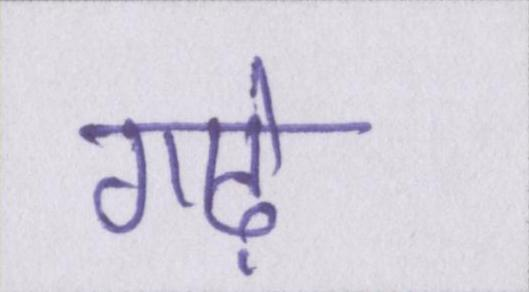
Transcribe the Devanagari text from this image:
गाढ़े